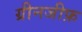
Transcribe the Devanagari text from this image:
ग्रीनजीफ़